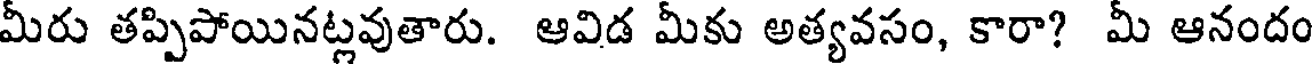
మీరు తప్పిపోయినట్లవుతారు. ఆవిడ మీకు అత్యవసం, కారా? మీ ఆనందం